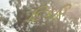
દિકરિ